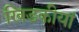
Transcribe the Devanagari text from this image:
खिडकीयां